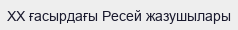
XX ғасырдағы Ресей жазушылары